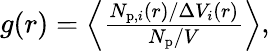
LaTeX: \begin{array}{r}{g(r)=\left\langle\frac{N_{\mathrm{p},i}(r)/\Delta V_{i}(r)}{N_{\mathrm{p}}/V}\right\rangle,}\end{array}